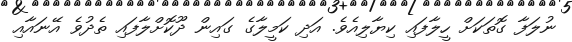
ނުލަފާ ގޮތަކަށް ހީލާފައި ކިޔާލިއެވެ. އަދި ކަމީލާގެ ގައިން ދޫކޮށްލާފައި ތެދުވެ އޭނައާއި